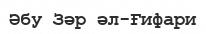
Әбу Зәр әл-Ғифари